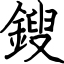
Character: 鎪